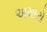
અમારો